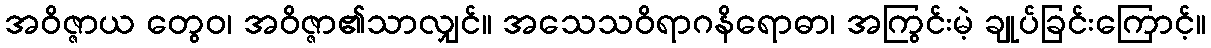
အဝိဇ္ဇာယ တွေဝ၊ အဝိဇ္ဇာ၏သာလျှင်။ အသေသဝိရာဂနိရောဓာ၊ အကြွင်းမဲ့ ချုပ်ခြင်းကြောင့်။